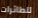
للطائرات